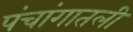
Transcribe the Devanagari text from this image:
पंचांगातली